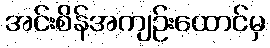
အင်းစိန်အကျဉ်းထောင်မှ